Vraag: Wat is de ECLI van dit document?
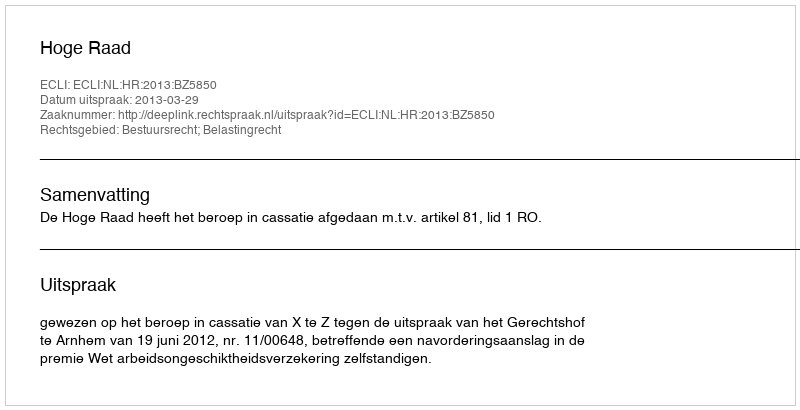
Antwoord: ECLI:NL:HR:2013:BZ5850